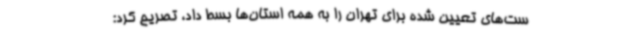
ست‌های تعیین شده برای تهران را به همه استان‌ها بسط داد، تصریح کرد: